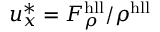
u _ { x } ^ { * } = F _ { \rho } ^ { \mathrm { h l l } } / \rho ^ { \mathrm { h l l } }